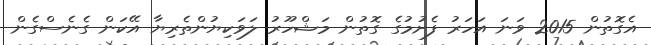
އެގޮތުން 2015 ވަނަ އަހަރު ފެށުމުގެ ގޮތުން މަޝްހޫރު ލަވަކިޔުންތެރިޔާ އޭކަން ގެނެސްގެން